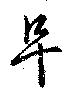
阜